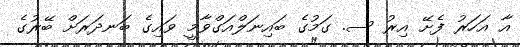
އާ އަހަރު ފެށޭ އިރު ސ. ގަމުގެ ބައިނަލްއަގްވާމީ ވައިގެ ބަނދަރަށް ބޭރުގެ